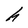
Character: h